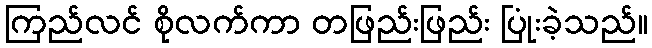
ကြည်လင် စိုလက်ကာ တဖြည်းဖြည်း ပြုံးခဲ့သည်။